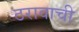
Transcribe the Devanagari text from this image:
ठरावाची